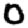
Digit: 0